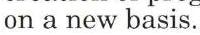
on a new basis.